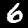
Label: 6